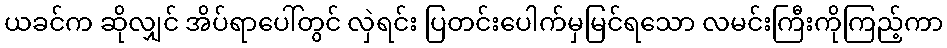
ယခင်က ဆိုလျှင် အိပ်ရာပေါ်တွင် လှဲရင်း ပြတင်းပေါက်မှမြင်ရသော လမင်းကြီးကိုကြည့်ကာ